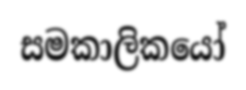
සමකාලිකයෝ